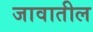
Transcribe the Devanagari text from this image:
जावातील